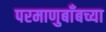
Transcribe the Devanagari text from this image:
परमाणुबाँबच्या